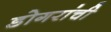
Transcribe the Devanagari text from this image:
डोगरांची